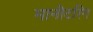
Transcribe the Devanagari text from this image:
मानीटरिंग